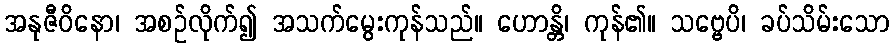
အနုဇီဝိနော၊ အစဉ်လိုက်၍ အသက်မွေးကုန်သည်။ ဟောန္တိ၊ ကုန်၏။ သဗ္ဗေပိ၊ ခပ်သိမ်းသော